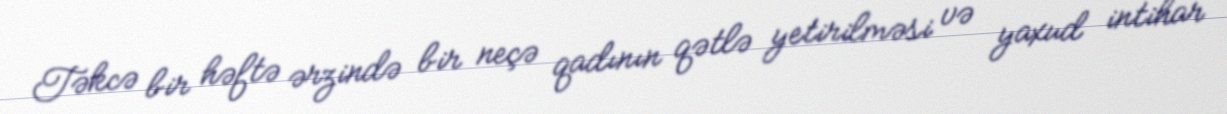
Təkcə bir həftə ərzində bir neçə qadının qətlə yetirilməsi və yaxud intihar